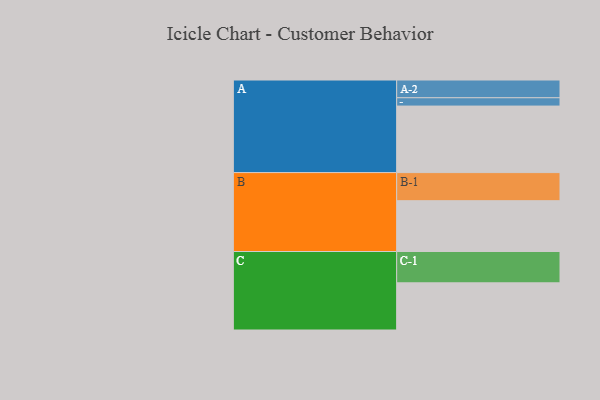
{"axis": {"x": "Segment", "y": "Value"}, "legend": ["", "A", "B", "C"], "data": [{"x": "A", "y": 495, "type": ""}, {"x": "B", "y": 378, "type": ""}, {"x": "C", "y": 351, "type": ""}, {"x": "A-1", "y": 62, "type": "A"}, {"x": "A-2", "y": 132, "type": "A"}, {"x": "B-1", "y": 209, "type": "B"}, {"x": "C-1", "y": 233, "type": "C"}]}